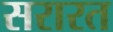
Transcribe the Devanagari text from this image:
सरारत